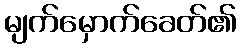
မျက်မှောက်ခေတ်၏